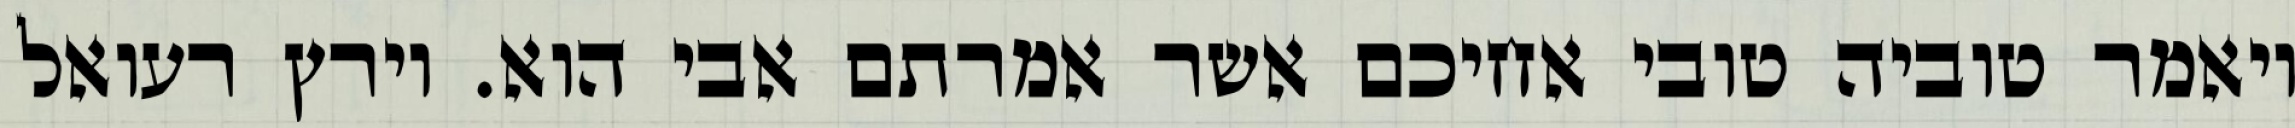
ויאמר טוביה טובי אחיכם אשר אמרתם אבי הוא. וירץ רעואל